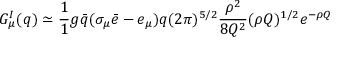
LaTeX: G _ { \mu } ^ { I } ( q ) \simeq \frac { 1 } { 1 } { g } \bar { q } ( \sigma _ { \mu } \bar { e } - e _ { \mu } ) q ( 2 \pi ) ^ { 5 / 2 } \frac { \rho ^ { 2 } } { 8 Q ^ { 2 } } ( \rho Q ) ^ { 1 / 2 } e ^ { - \rho Q }